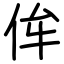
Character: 侔